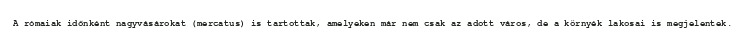
A rómaiak időnként nagyvásárokat (mercatus) is tartottak, amelyeken már nem csak az adott város, de a környék lakosai is megjelentek.